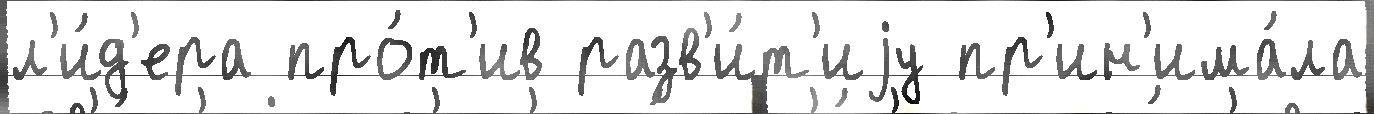
л'и́д'ера про́т'ив разв'и́т'иjу пр'ин'има́ла